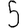
Digit: 5